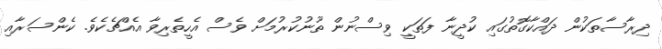
ދިރާސާތަކުން ދައްކާގޮތުގައި ކުދީނާ ފަތަކީ ވިސްނުން ތޫނުކުރުމަށް ވެސް އެހީތެރިވާ އެއްޗެކެވެ. ކެންސަރާއި